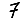
Digit: 7